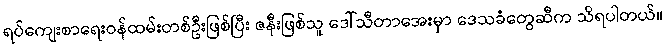
ရပ်ကျေးစာရေးဝန်ထမ်းတစ်ဦးဖြစ်ပြီး ဇနီးဖြစ်သူ ဒေါ်သီတာအေးမှာ ဒေသခံတွေဆီက သိရပါတယ်။